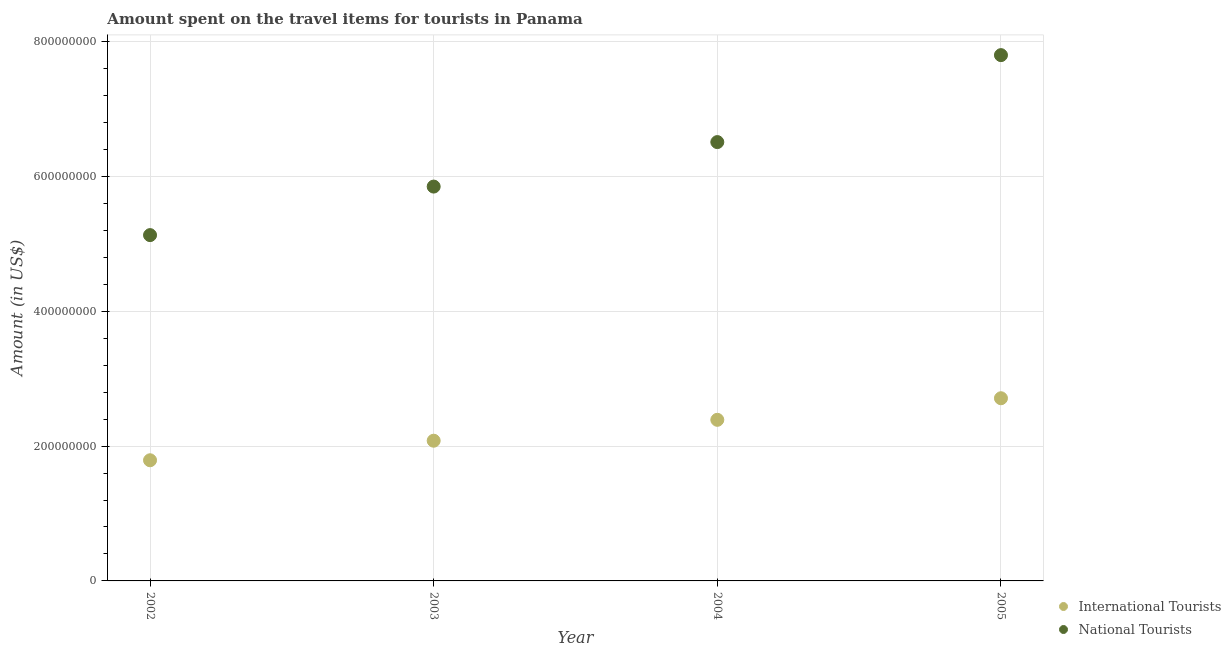
| Year | International Tourists | National Tourists |
 | --- | --- | --- |
 | 2002 | 1.79e+08 | 5.13e+08 |
 | 2003 | 2.08e+08 | 5.85e+08 |
 | 2004 | 2.39e+08 | 6.51e+08 |
 | 2005 | 2.71e+08 | 7.8e+08 |